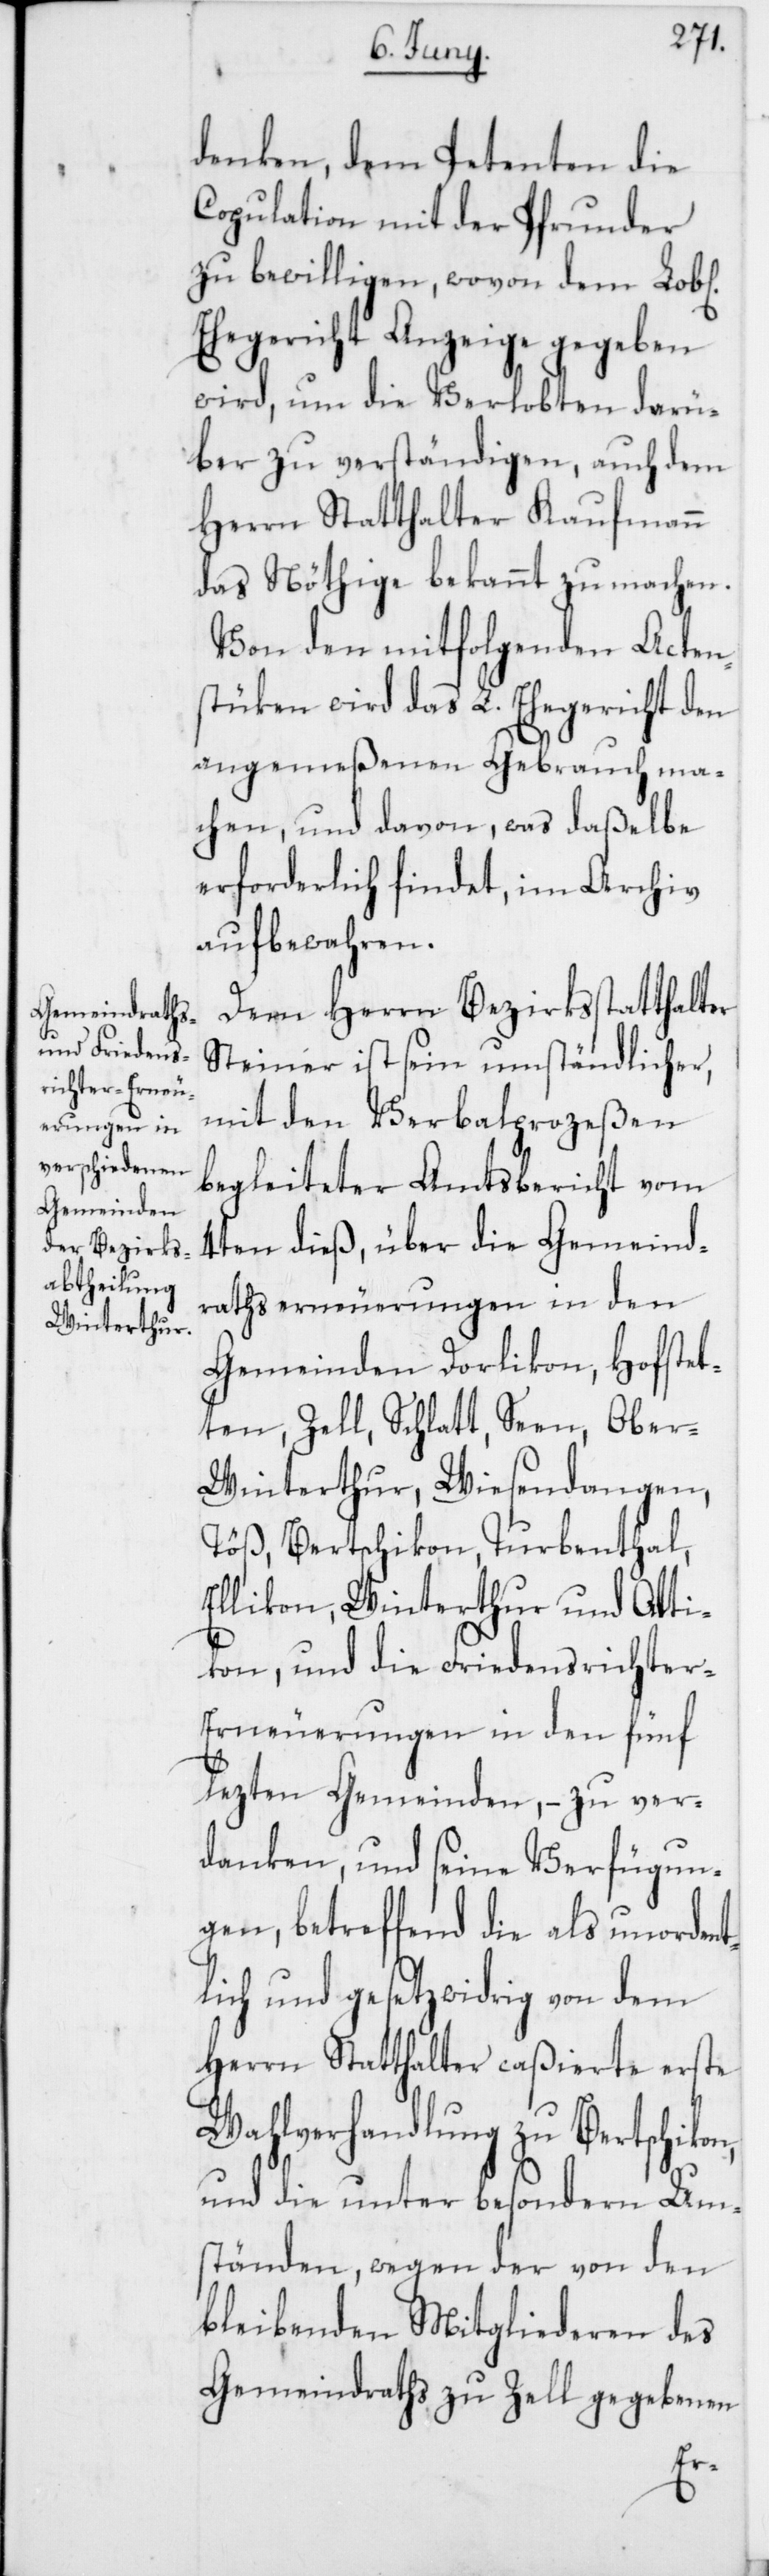
denken, dem Petenten die
Copulation mit der Pfrunder
zu bewilligen, wovon dem Lob[l¬
Ehegericht Anzeige gegeben
wird, um die Verlobten darü¬
ber zu verständigen, auch dem
Herrn Statthalter Kaufmann
das Nöthige bekannt zu machen.
Von den mitfolgenden Acten¬
stüken wird das L. Ehegericht den
angemeßenen Gebrauch ma¬
chen, und davon, was daßelbe
erforderlich findet, im Archiv
aufbewahren.
Dem Herrn Bezirksstatthalter
Steiner ist sein umständlicher,
mit den Verbalprozeßen
begleiteter Amtsbericht vom
4ten dieß, über die Gemeind¬
rathserneuerungen in den
Gemeinden Dorlikon, Hofstet¬
ten, Zell, Schlatt, Seen, Ober-W¬
interthur, Wiesendangen,
Töß, Bertschikon, Turbenthal,
Ellikon, Winterthur und Otti¬
kon, und die Friedensrichte¬
r-Erneuerungen in den fünf
lezten Gemeinden, – zu ver¬
danken, und seine Verfügun¬
gen, betreffend die als unordent¬
lich und gesetzwidrig von dem
Herrn Statthalter caßierte erste
Wahlverhandlung zu Bertschiko¬
und die unter besondern Um¬
ständen, wegen der von den
bleibenden Mitgliederen des
Gemeindraths zu Zell gegebenen
n,